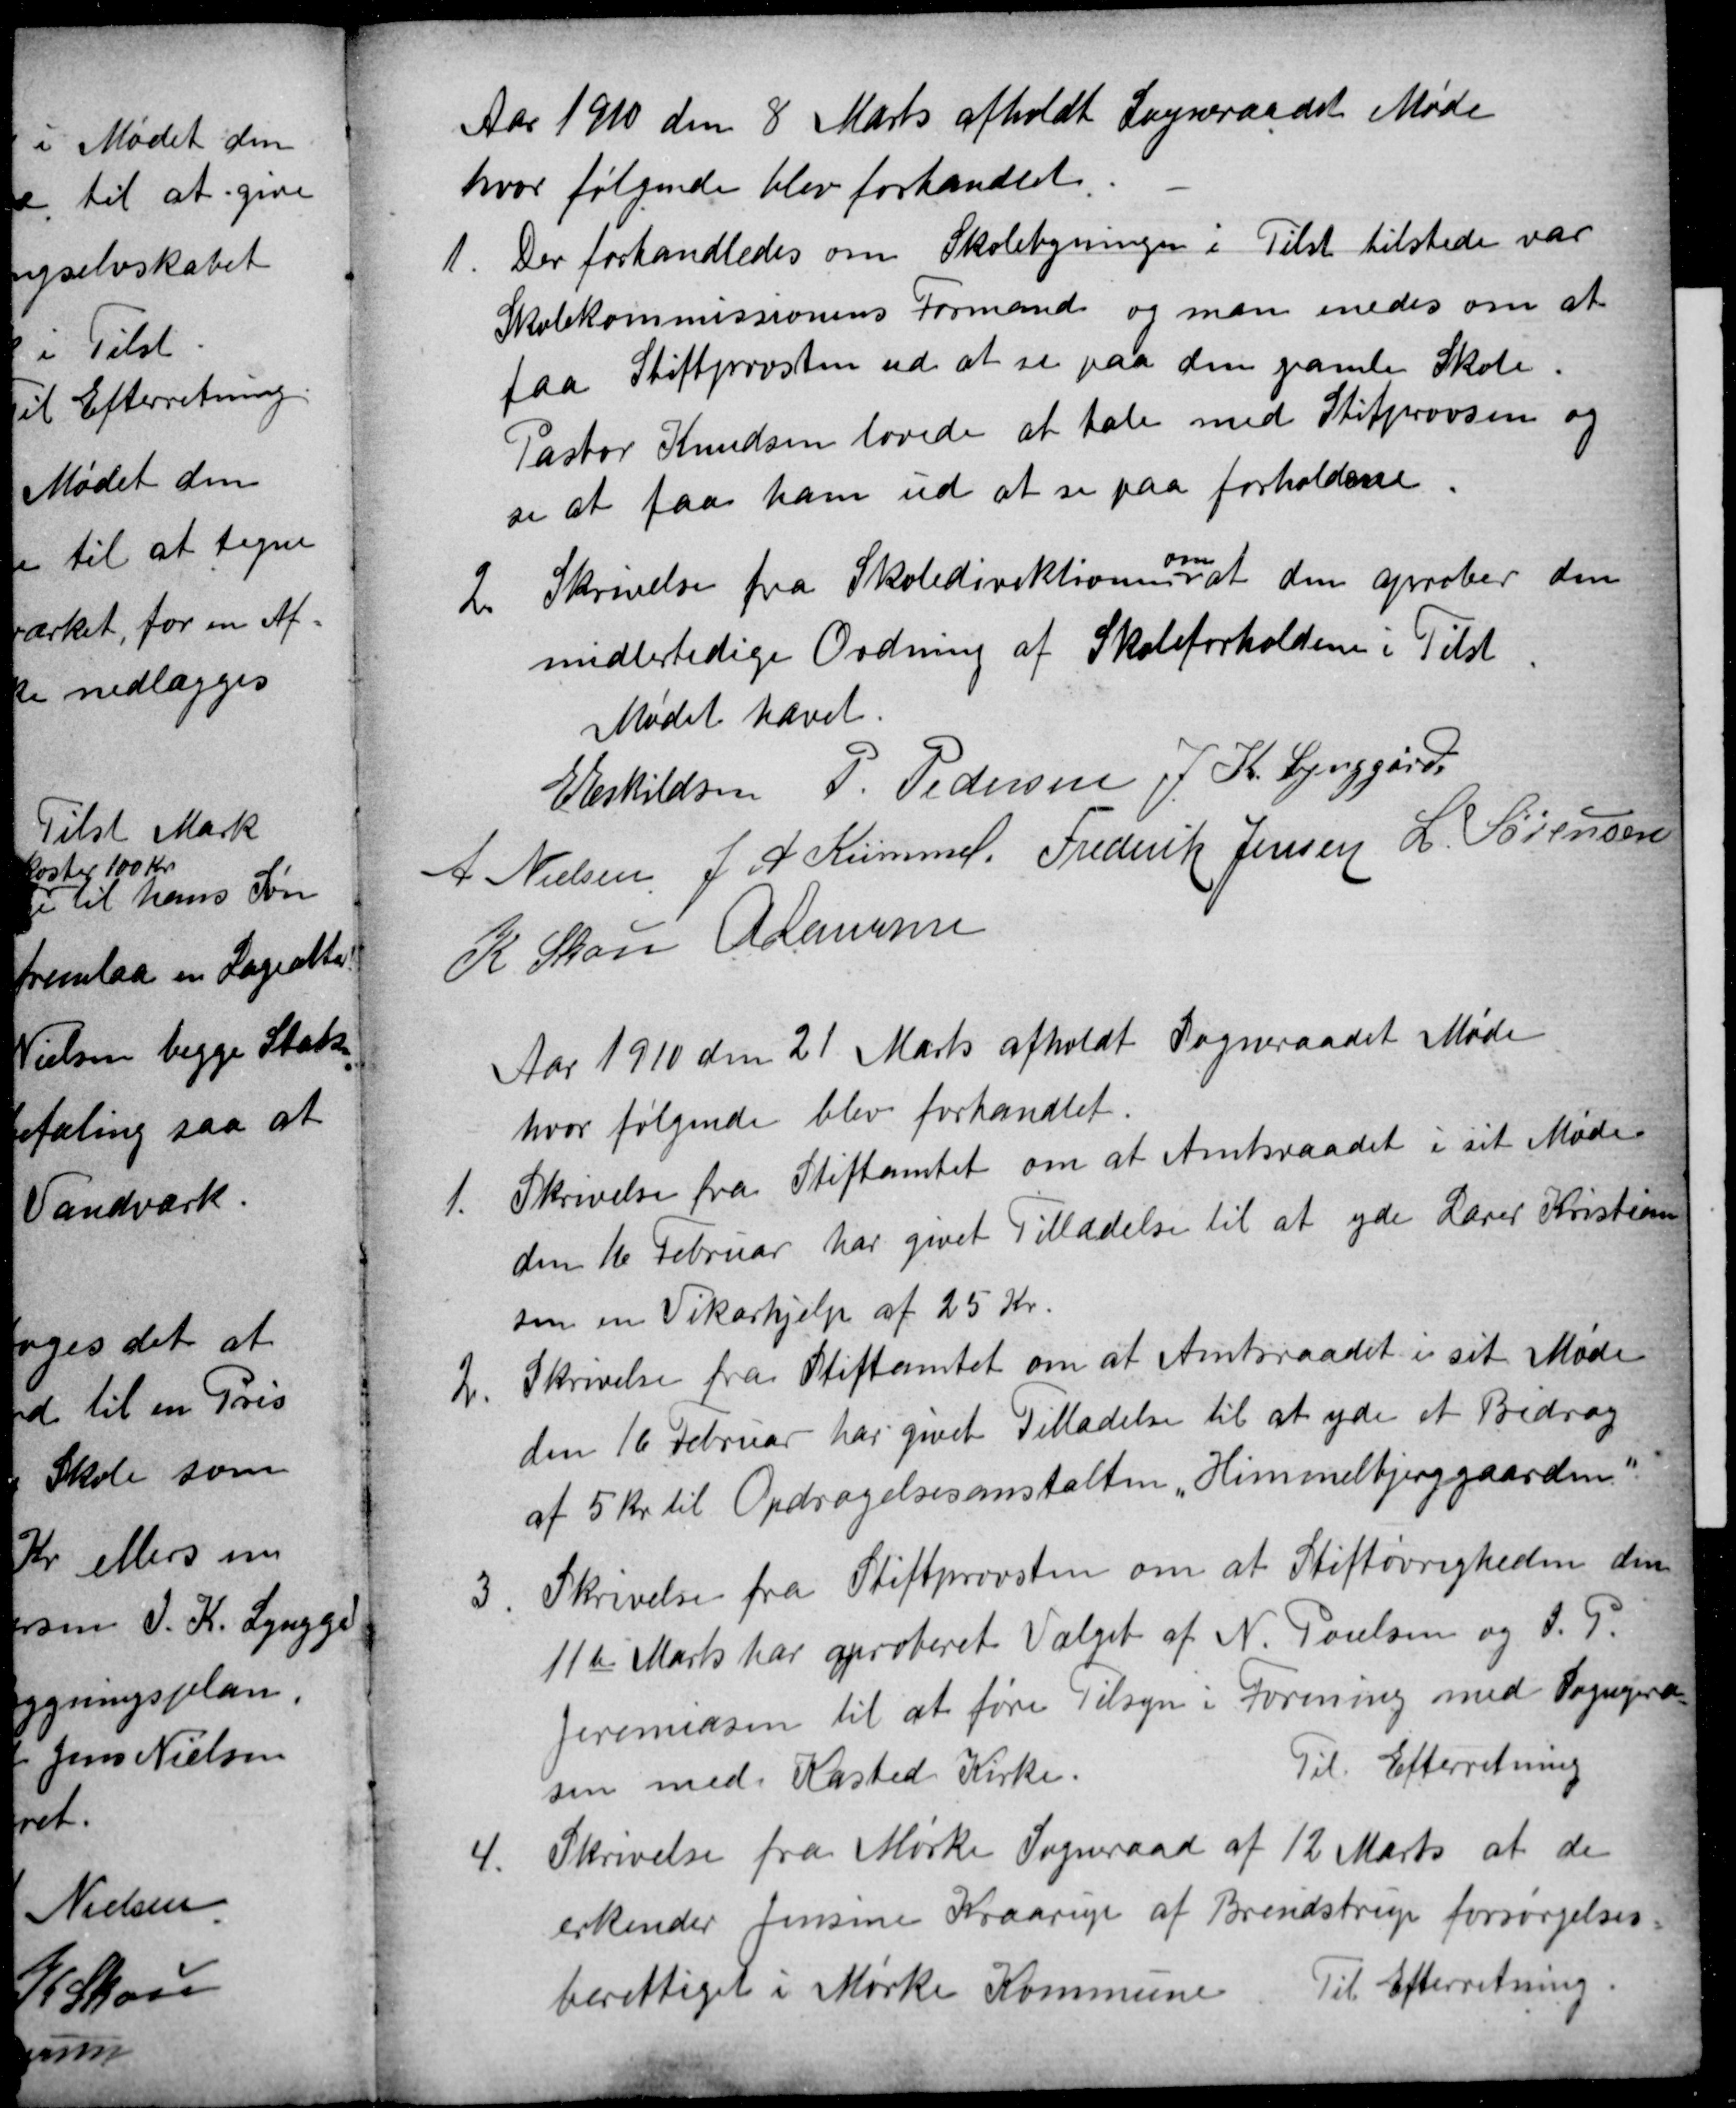
Transskription:
Aar 1910 den 8 Marts afholdt Sogneraadet Møde
hvor følgende blev forhandlet.
1
Der forhandledes om Skolebygningen i Tilst tilstede var
Skolekommissionens Formand og man enedes om at
faa Stiftprovsten ud at se paa den gamle Skole.
Pastor Knudsen lovede at tale med Stifprovsen og
se at faa ham ud at se paa forholdene.
2.
Skrivelse fra Skoledirektionen
om
at den aprober den
midlertidige Ordning af Skoleforholdene i Tilst
Mødet hævet.
E Eskildsen P. Pedersen J. K. Lynggård
A Nielsen J. A. Kümmel. Frederik Jensen L. Sørensen
K Skou A Laursen
Aar 1910 den 21 Marts afholdt Sogneraadet Møde
hvor følgende blev forhandlet.
1.
Skrivelse fra Stiftamtet om at Amtsraadet i sit Møde
den 16 Februar har givet Tilladelse til at yde Lærer Kristian
sen en Vikarhjelp af 25 Kr.
2.
Skrivelse fra Stiftamtet om at Amtsraadet i sit Møde
den 16 Februar har givet Tilladelse til at yde et Bidrag
af 5 Kr. til Opdragelsesanstalten "Himmelbjerggaarden. "
3
Skrivelse fra Stiftprovsten om at Stiftøvrigheden den
11te Marts har aproberet Valget af N. Poulsen og J.P.
Jeremiasen til at føre Tilsyn i Forening med Sognepræ
sten med Kasted Kirke.
Til Efterretning
4.
Skrivelse fra Mørke Sogneraad af 12 Marts at de
erkender Jensine Kraarup af Brendstrup forsørgelses
berettiget i Mørke Kommune. Til Efterretning.